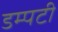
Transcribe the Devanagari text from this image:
डम्पटी